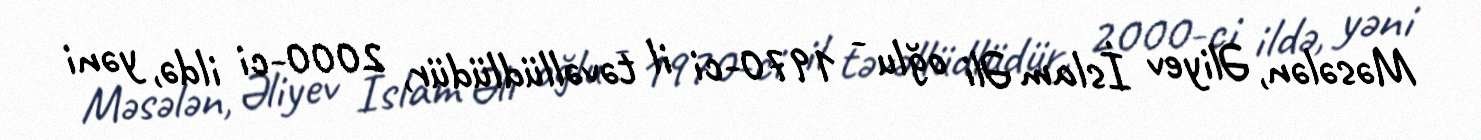
Məsələn, Əliyev İslam Əli oğlu - 1970-ci il təvəllüdlüdür, 2000-ci ildə, yəni